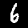
Digit: 6